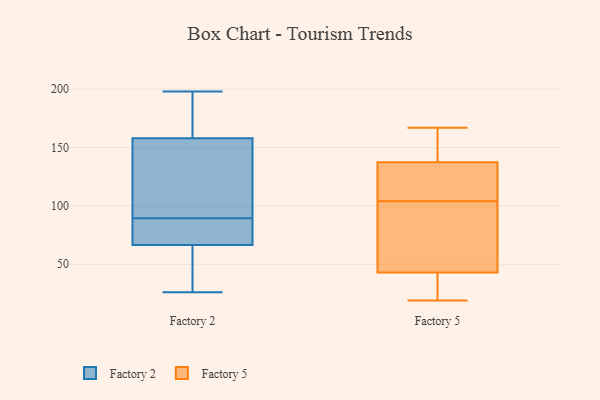
{"axis": {"x": "Satisfaction Score", "y": "Value"}, "legend": ["Factory 2", "Factory 5"], "data": [{"x": "", "y": 55, "type": "Factory 2"}, {"x": "", "y": 186, "type": "Factory 2"}, {"x": "", "y": 90, "type": "Factory 2"}, {"x": "", "y": 26, "type": "Factory 2"}, {"x": "", "y": 198, "type": "Factory 2"}, {"x": "", "y": 139, "type": "Factory 2"}, {"x": "", "y": 61, "type": "Factory 2"}, {"x": "", "y": 146, "type": "Factory 2"}, {"x": "", "y": 78, "type": "Factory 2"}, {"x": "", "y": 89, "type": "Factory 2"}, {"x": "", "y": 170, "type": "Factory 2"}, {"x": "", "y": 72, "type": "Factory 2"}, {"x": "", "y": 58, "type": "Factory 5"}, {"x": "", "y": 114, "type": "Factory 5"}, {"x": "", "y": 136, "type": "Factory 5"}, {"x": "", "y": 42, "type": "Factory 5"}, {"x": "", "y": 30, "type": "Factory 5"}, {"x": "", "y": 94, "type": "Factory 5"}, {"x": "", "y": 23, "type": "Factory 5"}, {"x": "", "y": 150, "type": "Factory 5"}, {"x": "", "y": 19, "type": "Factory 5"}, {"x": "", "y": 148, "type": "Factory 5"}, {"x": "", "y": 98, "type": "Factory 5"}, {"x": "", "y": 71, "type": "Factory 5"}, {"x": "", "y": 158, "type": "Factory 5"}, {"x": "", "y": 110, "type": "Factory 5"}, {"x": "", "y": 44, "type": "Factory 5"}, {"x": "", "y": 139, "type": "Factory 5"}, {"x": "", "y": 29, "type": "Factory 5"}, {"x": "", "y": 129, "type": "Factory 5"}, {"x": "", "y": 167, "type": "Factory 5"}, {"x": "", "y": 120, "type": "Factory 5"}]}